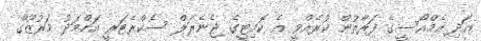
އަދި އެމްއޯސީގެ ފަރާތުން ކުރެއްވީ އެ ކޮމިޓީގެ ޖެނެރަލް ސެކްރެޓަރީ އަހްމަދު މަރުޒޫގް